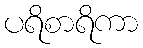
ပရိစာရိကာ